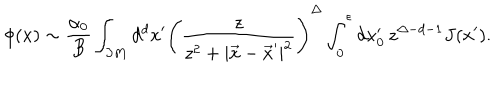
\phi ( x ) \sim { \frac { \alpha _ { 0 } } { B } } \int _ { \partial M } d ^ { d } x ^ { \prime } \left( \frac { z } { z ^ { 2 } + | \vec { x } - \vec { x } ^ { \prime } | ^ { 2 } } \right) ^ { \Delta } \int _ { 0 } ^ { \epsilon } d x _ { 0 } ^ { \prime } \, { z } ^ { \Delta - d - 1 } J ( x ^ { \prime } ) .